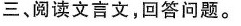
三、阅读文言文，回答问题。